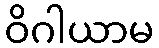
ဝိဂါယာမ